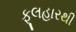
ફૂલહારથી